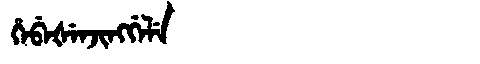
Manchu: ᡥᡝᠪᡝᡧᡝᠨᠵᡳᠩᡤᡝᠯᡝ
Romanization: HEBEŠENJINGGELE